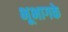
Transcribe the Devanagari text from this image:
भूभागके